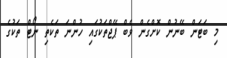
މި ބަޓަން ބޭނުން ކޮށްގެން ވެބް ޕޭޖްތަކުގައި ހުންނަ ތަކެތި ނޯޓް ތަކުގެ